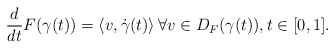
\begin{align*}\frac{d}{d t} F(\gamma(t)) = \left\langle v, \dot{\gamma}(t) \right\rangle\forall v \in D_F(\gamma(t)), t \in [0,1].\end{align*}